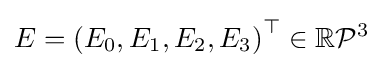
E=\left(E_{0},E_{1},E_{2},E_{3}\right)^{\top }\in \mathbb {R} {\mathcal {P}}^{3}